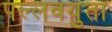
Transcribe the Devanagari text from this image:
पल्लवयुता